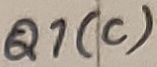
Text: Q1(c)